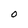
Character: 0